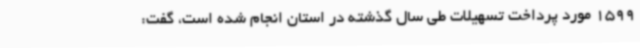
1599 مورد پرداخت تسهیلات طی سال گذشته در استان انجام شده است، گفت: